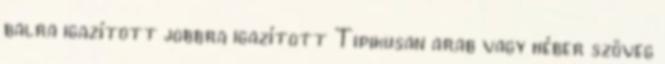
balra igazított jobbra igazított Tipikusan arab vagy héber szöveg